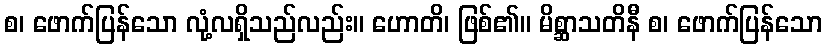
စ၊ ဖောက်ပြန်သော လုံ့လရှိသည်လည်း။ ဟောတိ၊ ဖြစ်၏။ မိစ္ဆာသတိနီ စ၊ ဖောက်ပြန်သော